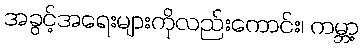
အခွင့်အရေးများကိုလည်းကောင်း၊ ကမ္ဘာ့